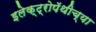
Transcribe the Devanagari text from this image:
इलेक्ट्रोपॅथीच्या